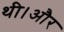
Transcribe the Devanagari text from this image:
थी।और